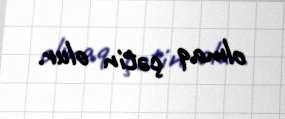
olmaq çətin olur.